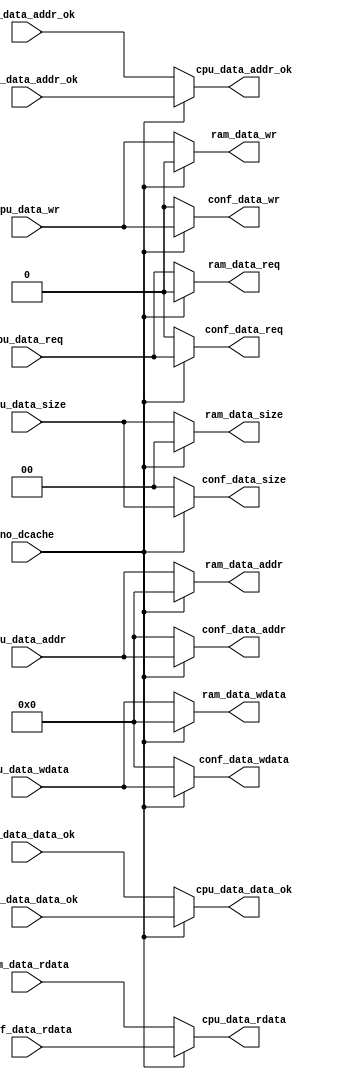
module bridge_1x2 (
    input no_dcache,
    input         cpu_data_req     ,
    input         cpu_data_wr      ,
    input  [1 :0] cpu_data_size    ,
    input  [31:0] cpu_data_addr    ,
    input  [31:0] cpu_data_wdata   ,
    output [31:0] cpu_data_rdata   ,
    output        cpu_data_addr_ok ,
    output        cpu_data_data_ok ,

    output         ram_data_req     ,
    output         ram_data_wr      ,
    output  [1 :0] ram_data_size    ,
    output  [31:0] ram_data_addr    ,
    output  [31:0] ram_data_wdata   ,
    input   [31:0] ram_data_rdata   ,
    input          ram_data_addr_ok ,
    input          ram_data_data_ok ,

    output         conf_data_req     ,
    output         conf_data_wr      ,
    output  [1 :0] conf_data_size    ,
    output  [31:0] conf_data_addr    ,
    output  [31:0] conf_data_wdata   ,
    input   [31:0] conf_data_rdata   ,
    input          conf_data_addr_ok ,
    input          conf_data_data_ok 
);
    assign cpu_data_rdata   = no_dcache ? conf_data_rdata   : ram_data_rdata  ;
    assign cpu_data_addr_ok = no_dcache ? conf_data_addr_ok : ram_data_addr_ok;
    assign cpu_data_data_ok = no_dcache ? conf_data_data_ok : ram_data_data_ok;

    assign ram_data_req   = no_dcache ? 0 : cpu_data_req  ;
    assign ram_data_wr    = no_dcache ? 0 : cpu_data_wr   ;
    assign ram_data_size  = no_dcache ? 0 : cpu_data_size ;
    assign ram_data_addr  = no_dcache ? 0 : cpu_data_addr ;
    assign ram_data_wdata = no_dcache ? 0 : cpu_data_wdata;

    assign conf_data_req   = no_dcache ? cpu_data_req   : 0;
    assign conf_data_wr    = no_dcache ? cpu_data_wr    : 0;
    assign conf_data_size  = no_dcache ? cpu_data_size  : 0;
    assign conf_data_addr  = no_dcache ? cpu_data_addr  : 0;
    assign conf_data_wdata = no_dcache ? cpu_data_wdata : 0;
endmodule